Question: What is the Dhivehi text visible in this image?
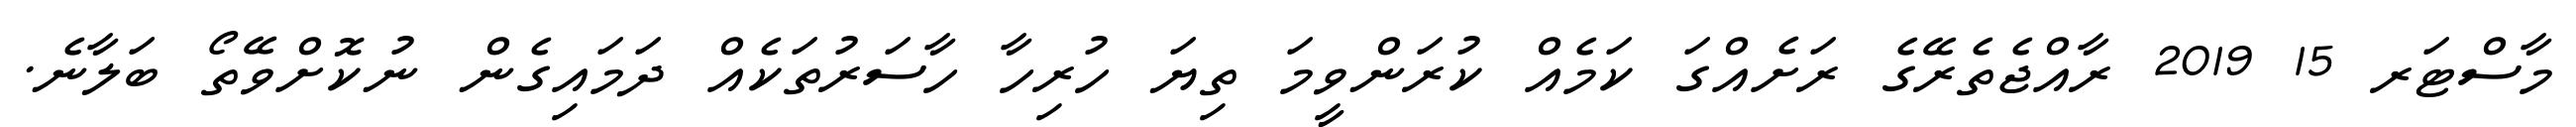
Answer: މާސްޓަރ 15 2019 ރާއްޖެތެރޭގެ ރަށެއްގަ ކަމެއް ކުރަންވީމަ ތިޔަ ހުރިހާ ހާސަރުތަކެއް ދަމައިގެން ނުކޮށްވޭތޯ ބަލާނެ.